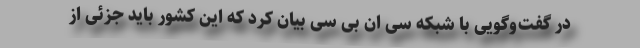
در گفت‌وگویی با شبکه سی ان بی سی بیان کرد که این کشور باید جزئی از